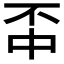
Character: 𫠬